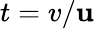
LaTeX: t=v/\mathbf{u}